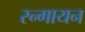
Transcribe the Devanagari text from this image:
रन्गायन